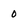
Character: 0